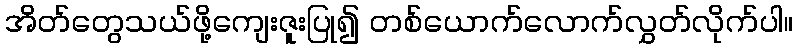
အိတ်တွေသယ်ဖို့ကျေးဇူးပြု၍ တစ်ယောက်လောက်လွှတ်လိုက်ပါ။